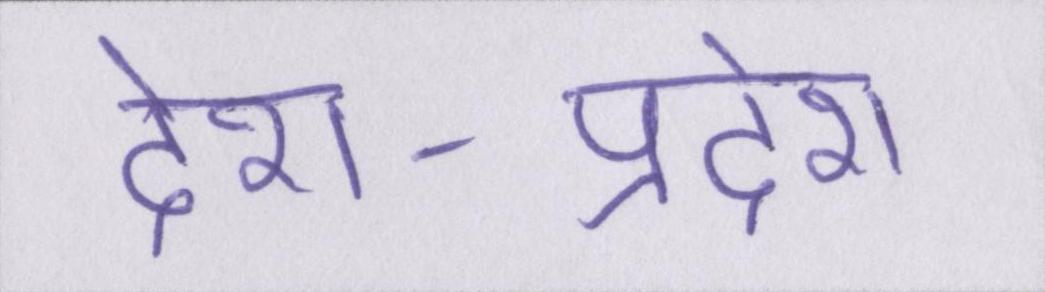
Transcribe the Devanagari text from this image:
देश-प्रदेश